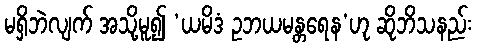
မရှိဘဲလျက် အသို့မူ၍ ‘ယမိဒံ ဥဘယမန္တရေန’ဟု ဆိုဘိသနည်း